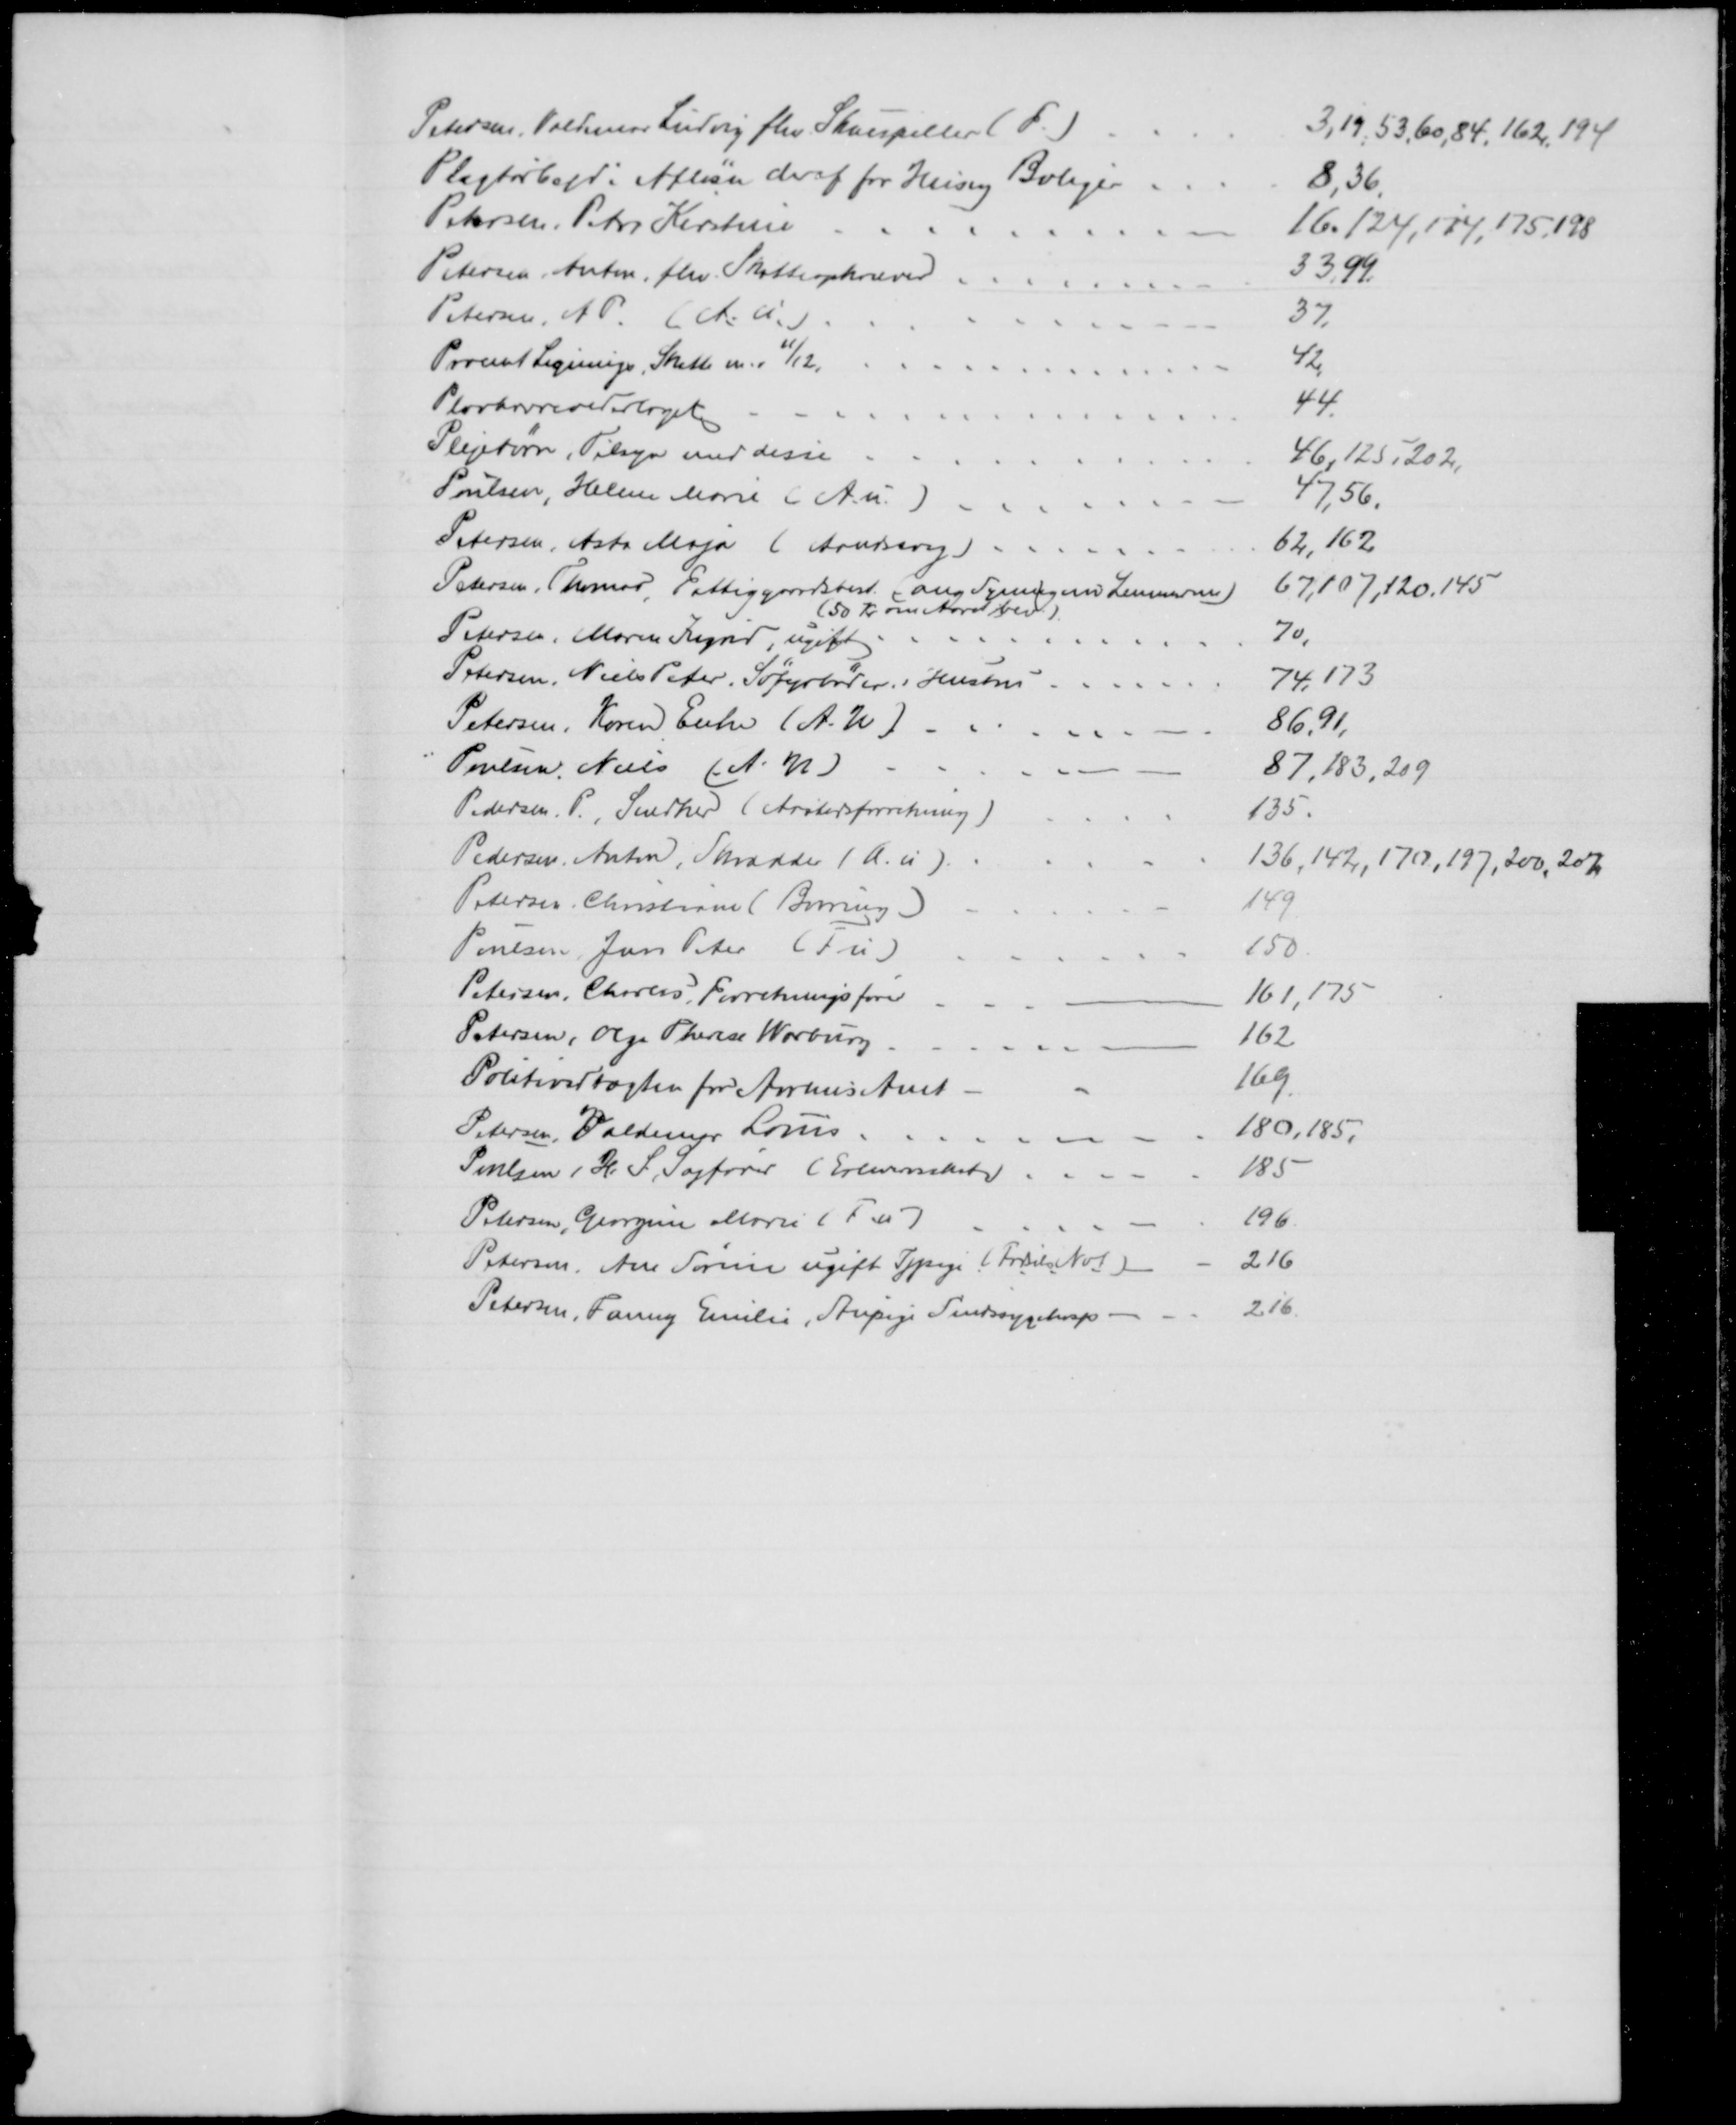
Transskription:
Petersen, Valdemar Ludvig fhv. Skuespiller (F.)
3,19, 53, 60, 84, 162, 194
Pligtarbejd: Afløsn deraf for Hus og Boliger
8,36,
Petersen, Petra Kirstine
16.124,174, 175, 198
Petersen, Anton, fhv. Skatteopkræver
33,99.
Petersen, A. P (A.u.)
37.
Procent Lignings, Skatte m.v 11/12
42,
Plovhavrevederlaget
44
Plejebørn, Tilsyn med disse
46,125, 202,
Poulsen, Helene Marie (A. u.)
47,56.
Petersen, Asta Maja (Aandssvag)
62,162
Petersen, Thomas, Fattiggaardsbest. ang Syning om Lemmerne)
67,107,120.145
(50 Kr om Aaret bev)
Petersen, Maren Ingrid, ugift 
70,
Petersen, Niels Peter, Søfyrbøders Hustru
74,173
Petersen, Karen Enke (A. U)
86,91
Poulsen, Niels (A. U)
87,183, 209
Pedersen. P., Snedker (Aastedsforretning)
135.
Pedersen, Anton, Skrædder (A. u).
136, 142, 170, 197, 200, 207
Petersen Christiane (Borring)
149.
Poulsen, Jens Peter (F u)
150
Petersen, Charles Forretningsfører
161,175
Petersen, Olga Therese Warburg
162
Politivedtægten for Aarhus Amt
169.
Petersen, Valdemar Louis
180,185.
Poulsen, i H. S. Sagfører (Erhvervsskat)
185
Petersen, Georgine Marie (F.u)
196
Petersen, Ane Sørensen ugift Sypige ( Fødsel Not)
216
Petersen, Fanny Emilie, Stupige Sindssygehosp.
216.